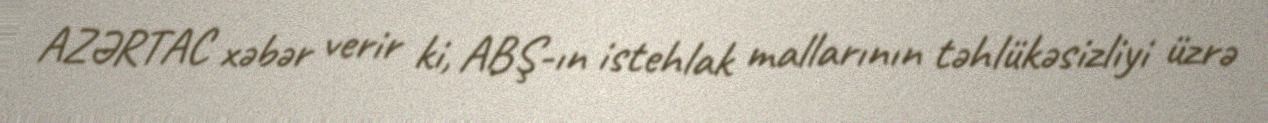
AZƏRTAC xəbər verir ki, ABŞ-ın istehlak mallarının təhlükəsizliyi üzrə